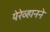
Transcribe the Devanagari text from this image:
येरेव्हानने